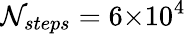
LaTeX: \mathcal{N}_{steps}=6{\times}10^{4}